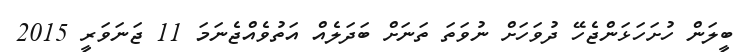
ބީލަން ހުށަހަޅަންޖެހޭ ދުވަހަށް ނުވަތަ ތަނަށް ބަދަލެއް އަތުވެއްޖެނަމަ 11 ޖަނަވަރީ 2015